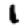
Digit: 1